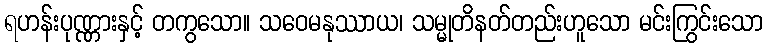
ရဟန်းပုဏ္ဏားနှင့် တကွသော။ သဝေမနုဿာယ၊ သမ္မုတိနတ်တည်းဟူသော မင်းကြွင်းသော